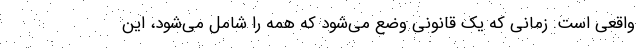
واقعی است. زمانی که یک قانونی وضع می‌شود که همه را شامل می‌شود، این